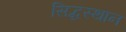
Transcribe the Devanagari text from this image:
सिद्धस्थान